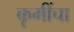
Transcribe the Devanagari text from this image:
कृमींचा